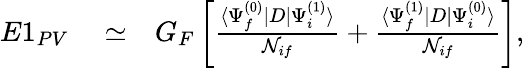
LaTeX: \begin{array}{rlr}{E1_{PV}}&{{}\simeq}&{G_{F}\left[\frac{\langle\Psi_{f}^{(0)}|D|\Psi_{i}^{(1)}\rangle}{{\cal N}_{if}}+\frac{\langle\Psi_{f}^{(1)}|D|\Psi_{i}^{(0)}\rangle}{{\cal N}_{if}}\right],}\end{array}